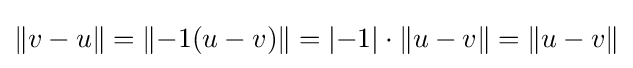
\|v-u\|=\|{-}1(u-v)\|=|{-}1|\cdot \|u-v\|=\|u-v\|